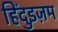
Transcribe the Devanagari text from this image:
हिंदुइज़म